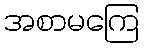
အစာမကြေ